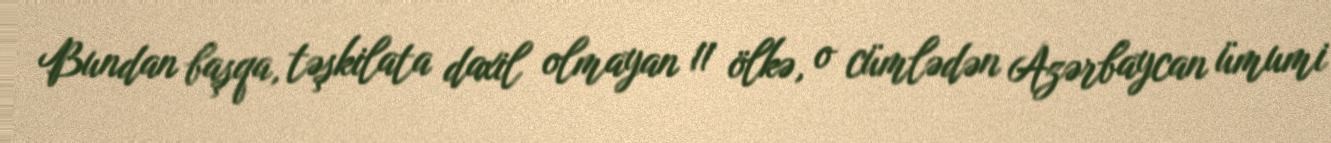
Bundan başqa, təşkilata daxil olmayan 11 ölkə, o cümlədən Azərbaycan ümumi